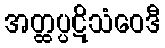
အတ္ထပ္ပဋိသံဝေဒီ